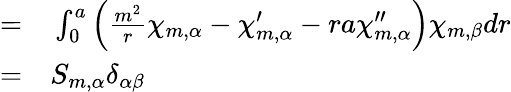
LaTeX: \begin{array}{rl}{=}&{{}\int_{0}^{a}\left(\frac{m^{2}}{r}\chi_{m,\alpha}-\chi_{m,\alpha}^{\prime}-ra\chi_{m,\alpha}^{\prime\prime}\right)\chi_{m,\beta}dr}\\ {=}&{{}S_{m,\alpha}\delta_{\alpha\beta}}\end{array}